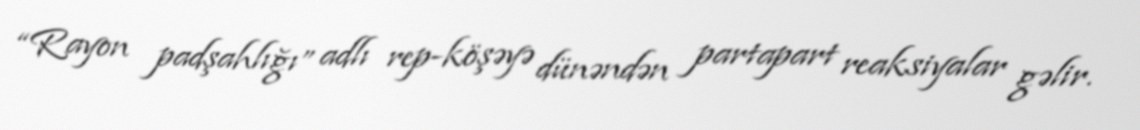
“Rayon padşahlığı” adlı rep-köşəyə dünəndən partapart reaksiyalar gəlir.